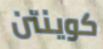
كوينتن